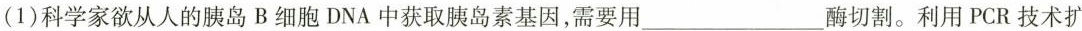
(1)科学家欲从人的胰岛B细胞DNA中获取胰岛素基因，需要用____酶切割。利用PCR技术扩